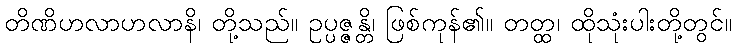
တိဏိဟလာဟလာနိ၊ တို့သည်။ ဥပ္ပဇ္ဇန္တိ၊ ဖြစ်ကုန်၏။ တတ္ထ၊ ထိုသုံးပါးတို့တွင်။